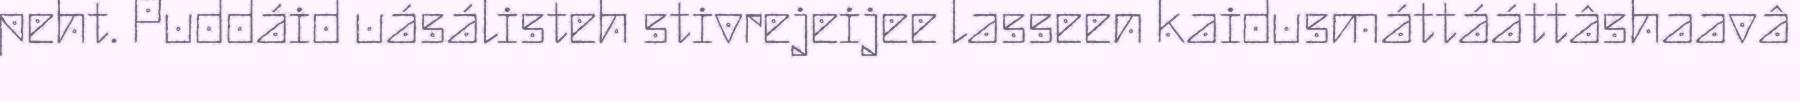
peht. Puddáid uásálisteh stivrejeijee lasseen kaidusmáttááttâshaavâ